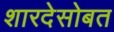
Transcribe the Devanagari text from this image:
शारदेसोबत